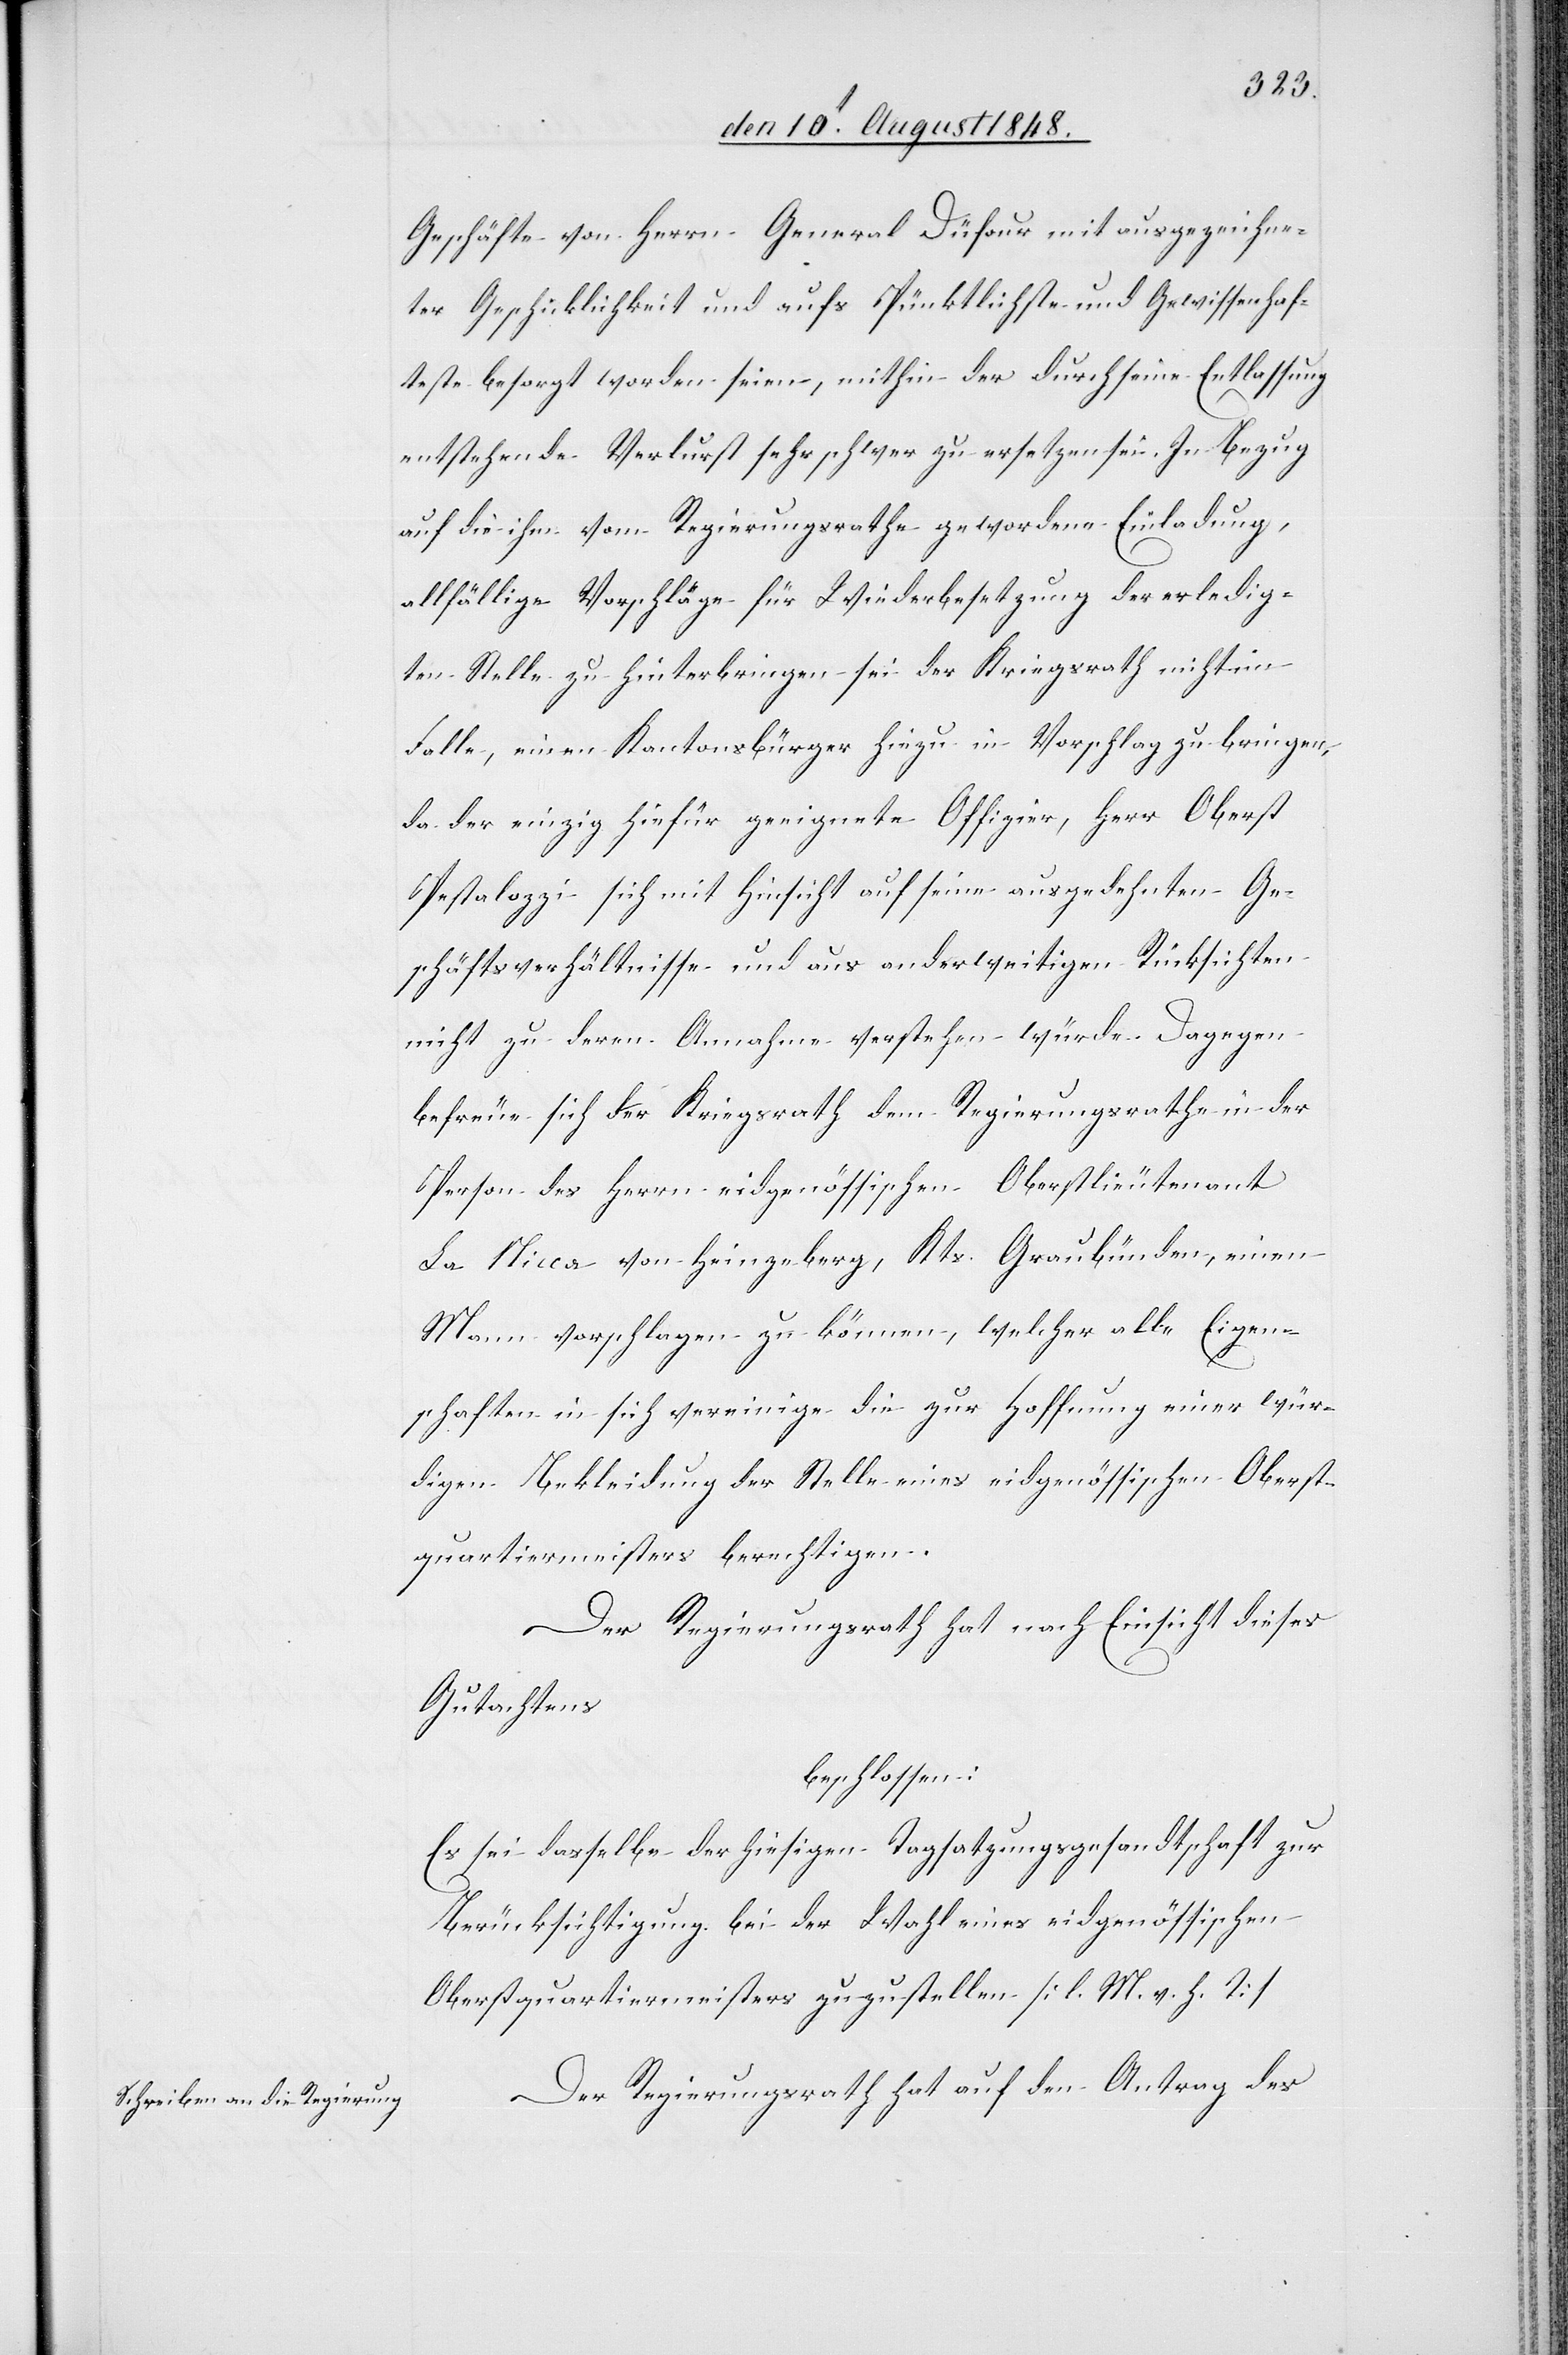
Geschäfte von Herrn General Düfour mit ausgezeichne¬
ter Geschicklichkeit und auf das Pünktlichste und Gewissenhaf¬
teste besorgt worden seien, mithin der durch seine Entlassung
entstehende Verlurst sehr schwer zu ersetzen sei. In Bezug
auf die ihm vom Regierungsrathe gewordene Einladung,
allfällige Vorschläge für Wiederbesetzung der erledig¬
ten Stelle zu hinterbringen sei der Kriegsrath nicht im
Falle, einen Kantonsbürger hiezu in Vorschlag zu bringen,
da der einzig hiefür geeignete Offizier, Herr Oberst
Pestalozzi sich mit Hinsicht auf seine ausgedehnten Ge¬
schäftsverhältnisse und aus anderweitigen Rücksichten
nicht zu deren Annahme verstehen würde. Dagegen
befreue sich der Kriegsrath dem Regierungsrathe in der
Person des Herrn eidgenössischen Oberstlieutenant
La Nicca von Heinzeberg, Kts. Graubünden, einen
Mann vorschlagen zu können, welcher alle Eigen¬
schaften in sich vereinige die zur Hoffnung einer wür¬
digen Bekleidung der Stelle eines eidgenössischen Oberst¬
quartiermeisters berechtigen.
Der Regierungsrath hat nach Einsicht dieses
Gutachtens
beschlossen:
Es sei dasselbe der hiesigen Tagsatzungsgesandtschaft zur
Berücksichtigung bei der Wahl eines eidgenössischen
Oberstquartiermeisters zuzustellen [l. M. v. h. T]
Der Regierungsrath hat auf den Antrag des